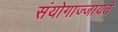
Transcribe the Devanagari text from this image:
संयोगाज्जायते